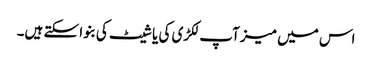
اس میں میز آپ لکڑی کی یا شیٹ کی بنوا سکتے ہیں۔